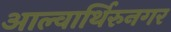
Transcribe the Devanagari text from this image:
आल्वार्थिरुनगर